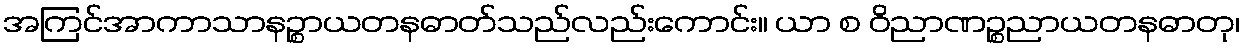
အကြင်အာကာသာနဉ္စာယတနဓာတ်သည်လည်းကောင်း။ ယာ စ ဝိညာဏဉ္စညာယတနဓာတု၊